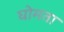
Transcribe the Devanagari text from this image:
घोमता